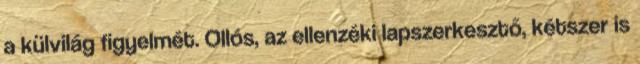
a külvilág figyelmét. Ollós, az ellenzéki lapszerkesztő, kétszer is